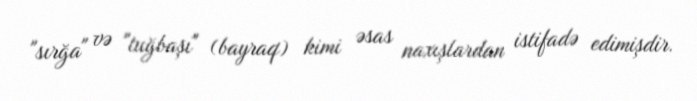
"sırğa" və "tuğbaşı" (bayraq) kimi əsas naxışlardan istifadə edimişdir.